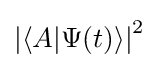
\left|\langle A|\Psi (t)\rangle \right|^{2}